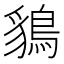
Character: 𪁰